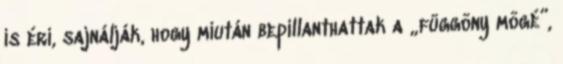
is éri, sajnálják, hogy miután bepillanthattak a „függöny mögé”,